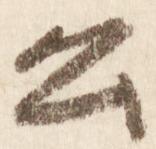
公